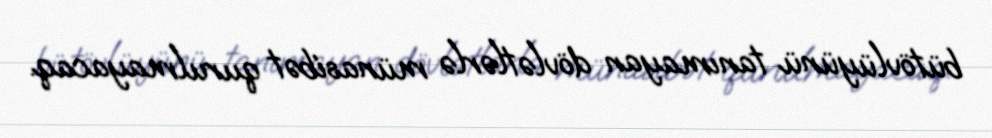
bütövlüyünü tanımayan dövlətlərlə münasibət qurulmayacaq.